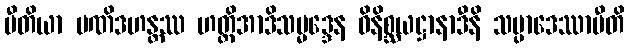
ပီတိယာ ပဏိဒဟန္တဿ ဟတ္ထိအာဒိသမ္မဒ္ဒေန ဝိနိစ္ဆယဋ္ဌာနာဒီနိ သမ္ပာဒေဿာမီတိ